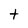
Character: t